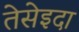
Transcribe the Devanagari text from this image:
तेसेइदा